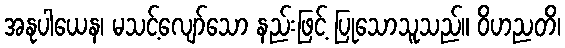
အနုပါယေန၊ မသင့်လျော်သော နည်းဖြင့် ပြုသောသူသည်။ ဝိဟညတိ၊